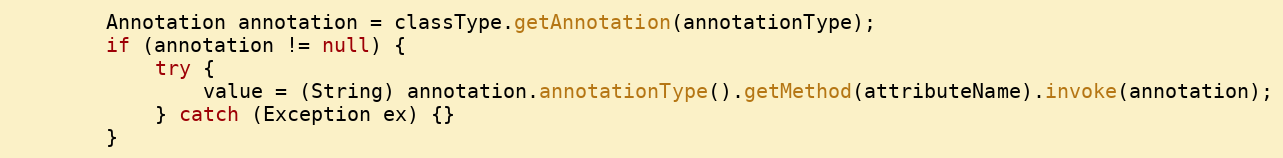
Language: Java
		Annotation annotation = classType.getAnnotation(annotationType);
		if (annotation != null) {
			try {
				value = (String) annotation.annotationType().getMethod(attributeName).invoke(annotation);
			} catch (Exception ex) {}
		}